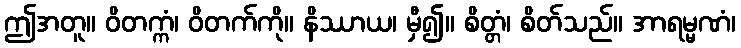
ဤအတူ။ ဝိတက္ကံ၊ ဝိတက်ကို။ နိဿာယ၊ မှီ၍။ စိတ္တံ၊ စိတ်သည်။ အာရမ္မဏံ၊